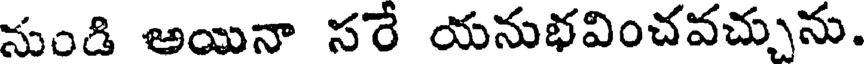
నుండి అయినా సరే యనుభవించవచ్చును.